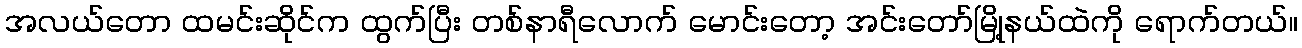
အလယ်တော ထမင်းဆိုင်က ထွက်ပြီး တစ်နာရီလောက် မောင်းတော့ အင်းတော်မြို့နယ်ထဲကို ရောက်တယ်။